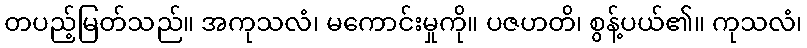
တပည့်မြတ်သည်။ အကုသလံ၊ မကောင်းမှုကို။ ပဇဟတိ၊ စွန့်ပယ်၏။ ကုသလံ၊